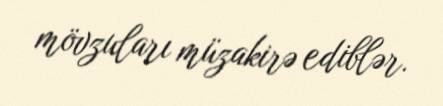
mövzuları müzakirə ediblər.